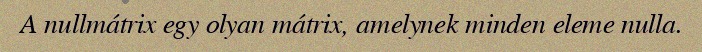
A nullmátrix egy olyan mátrix, amelynek minden eleme nulla.